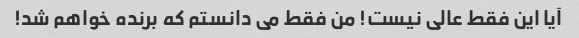
آیا این فقط عالی نیست! من فقط می دانستم که برنده خواهم شد!